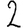
Digit: 2